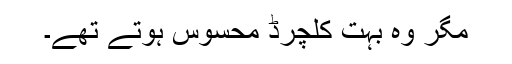
مگر وہ بہت کلچرڈ محسوس ہوتے تھے۔